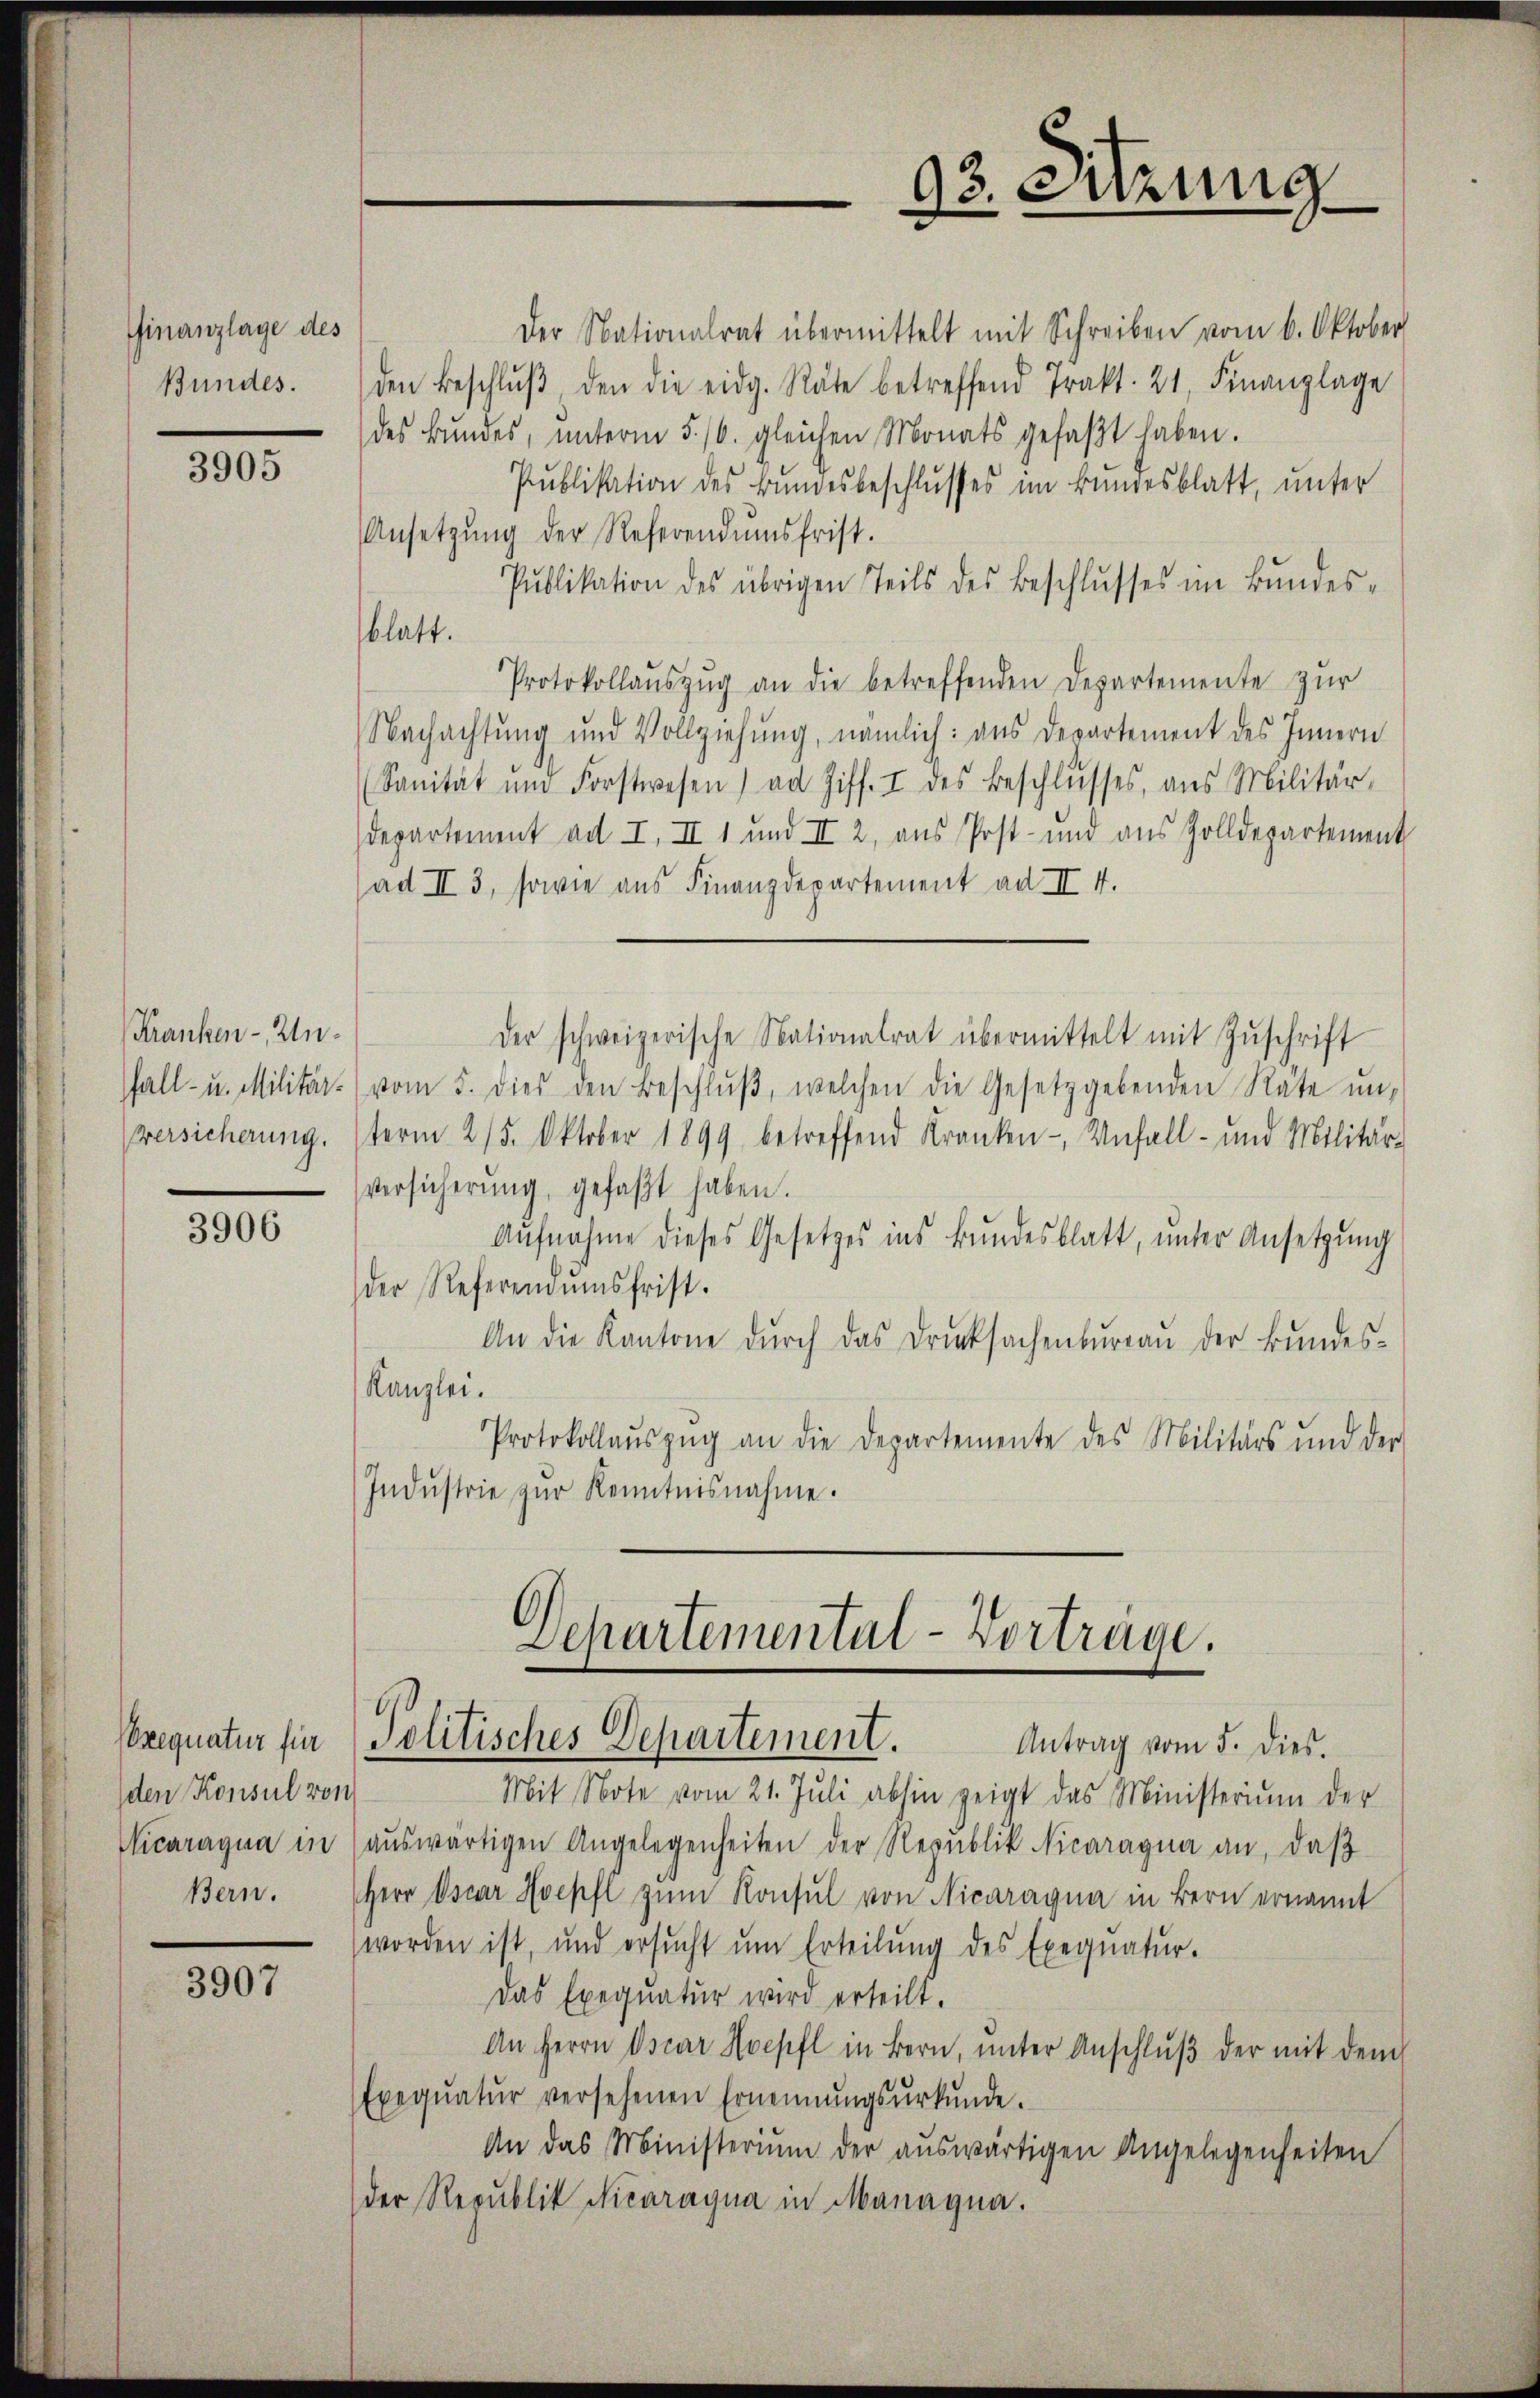
Ginanzlage des
Bundes.

3905

Kranken-Anfall- u. Militär-
Versicherung.

3906

den Konsul von
Bern.

3907

Der Nationalrat übermittelt mit Schreiben vom 6. Oktober
den Beschlŭβ den die eidg. Räte betreffend Trakt. 21. Finanzlage
des Bŭndes, ŭnterm 5. 16. gleichen Monats gefaβt haben.
Pŭblikation des Bŭndesbeschlŭsses im Bundesblatt, unter
Ansetzŭng der Referendumsfrist.
Pŭblikation des übrigen Teils des Beschlŭsses im Bundes-
blatt.
Protokollaŭszŭg an die betreffenden Departemente zŭr
Nachachtung und Vollziehung, nämlich: aus Departement des Innern
(Sanität und Forstwesen) ad Ziff. I des Beschlŭsses, aus Militär-
departement ad I. II 1 und II 2, aus Post- und aus Zolldepartement
(ad II 3, sowie aus Finanzdepartement ad II 4.
Der schweizerische Nationalrat übermittelt mit Zŭschrift
vom 5. dies den Beschlŭβ, welchen die Gesetzgebenden Räte ŭn-
term 25. Oktober 1899 betreffend Kranken- Unfall- und Militär-
versicherŭng, gefaßt haben.
Aŭfnahme dieses Gesetzes ins Bŭndesblatt, ŭnter Ansetzŭng
der Referendumsfrist.
An die Kantone dŭrch das Drucksachenbŭrgaŭ der Bŭndes-
Kanzlei.
Protokollaŭszŭg an die Departemente des Militärs und der
Indŭstrie zŭr Kenntnisnahme.

Departemental-Vortrage.
requatur für Politisches Departement.
Antrag vom 5. dies.

93. Sitzung

Mit Note vom 21. Jŭli abhin zeigt das Ministerium der
Nicaragua in aŭswärtigen Angelegenheiten der Republik Nicaragna an, daß
Herr Oscar Hoepfl zum Konsul von Nicaragua in Bern ernannt
worden ist, und ersŭcht ŭm Erteilŭng des Exeqŭatŭr-
Das Exequatur wird erteilt.
An Herrn Oscar Hoepfl in Bern, ŭnter Anschlŭβ der mit dem
Exeqŭatŭr versehenen Ernennŭngsŭrkŭnde.
An das Ministerium der aŭswärtigen Angelegenheiten
der Republik Nicaragua in Managna.